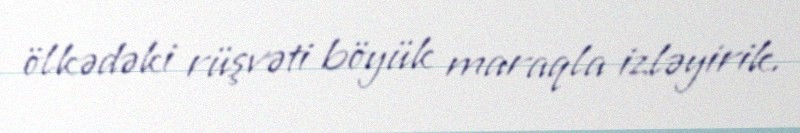
ölkədəki rüşvəti böyük maraqla izləyirik.